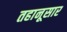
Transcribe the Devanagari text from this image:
तहानूसार